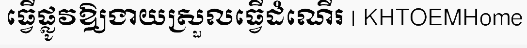
ធ្វើផ្លូវឱ្យងាយស្រួលធ្វើដំណើរ | KHTOEMHome